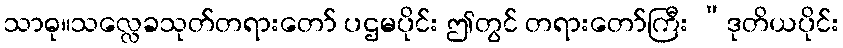
သာဓု။သလ္လေခသုတ်တရားတော် ပဌမပိုင်း ဤတွင် တရားတော်ကြီး ”ဒုတိယပိုင်း